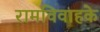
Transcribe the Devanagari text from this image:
रामविवाहके